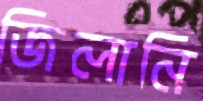
জিলানি